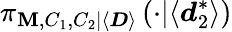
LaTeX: \pi_{\mathbf{M},C_{1},C_{2}|\langle\boldsymbol{D}\rangle}\left(\cdot|\langle\boldsymbol{d}_{2}^{*}\rangle\right)